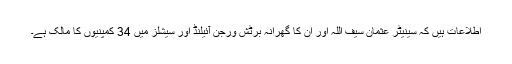
اطلاعات ہیں کہ سینیٹر عثمان سیف اللہ اور ان کا گھرانہ برٹش ورجن آئیلنڈ اور سیشلز میں 34 کمپنیوں کا مالک ہے۔